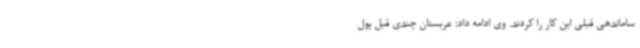
ساماندهی قبلی این کار را کردند. وی ادامه داد: عربستان چندی قبل پول